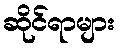
ဆိုင်ရာများ